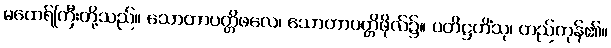
မထေရ်ကြီးတို့သည်။ သောတာပတ္တိဖလေ၊ သောတာပတ္တိဖိုလ်၌။ ပတိဋ္ဌဟိံသု၊ တည်ကုန်၏။